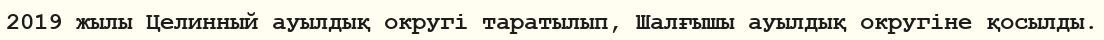
2019 жылы Целинный ауылдық округі таратылып, Шалғышы ауылдық округіне қосылды.